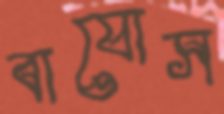
বাযোস